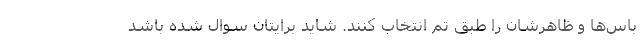
باس‌ها و ظاهرشان را طبق تم انتخاب کنند. شاید برایتان سوال شده باشد